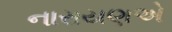
નારાયણએ